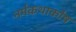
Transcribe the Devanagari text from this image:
नर्मकथाकोष